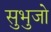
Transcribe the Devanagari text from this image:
सुभुजो